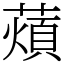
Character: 薠